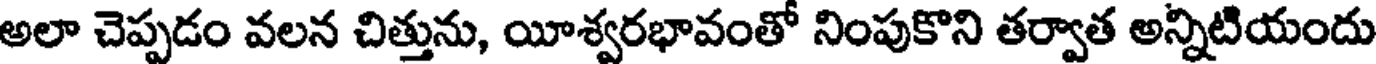
అలా చెప్పడం వలన చిత్తును, యీశ్వరభావంతో నింపుకొని తర్వాత అన్నిటియందు